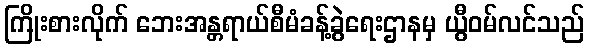
ကြိုးစားလိုက် ဘေးအန္တရာယ်စီမံခန့်ခွဲရေးဌာနမှ ယွီဝမ်လင်သည်